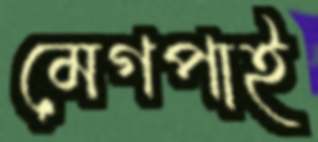
মেগপাই